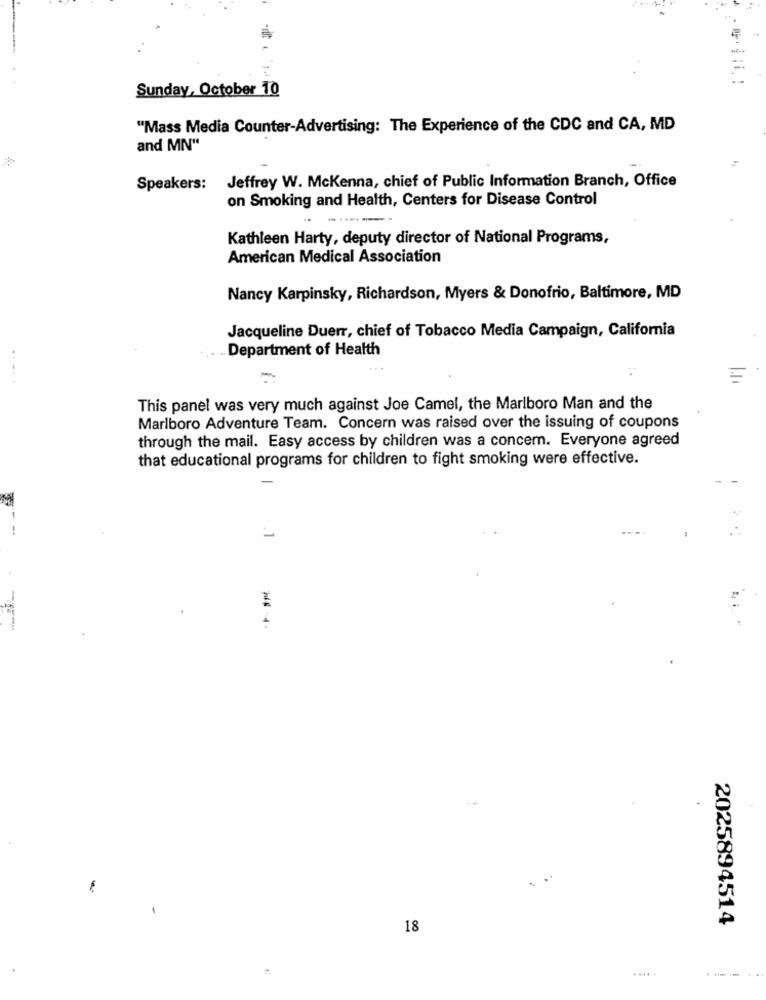
Sunday, October 10
"Mass Media Counter-Advertising: The Experience of the CDC and CA, MD
and MN"
Jeffrey W. Mckenna, chief of Public Information Branch, Office
Speakers:
on Smoking and Health, Centers for Disease Control
......
Kathleen Harty, deputy director of National Programs,
American Medical Association
Nancy Karpinsky, Richardson, Myers & Donofrio, Baltimore, MD
Jacqueline Duerr, chief of Tobacco Media Campaign, California
Department of Health
.....
-
This panel was very much against Joe Camel, the Marlboro Man and the
Marlboro Adventure Team. Concern was raised over the issuing of coupons
through the mail. Easy access by children was a concern. Everyone agreed
that educational programs for children to fight smoking were effective.
--
2025894514
18